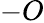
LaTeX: -O